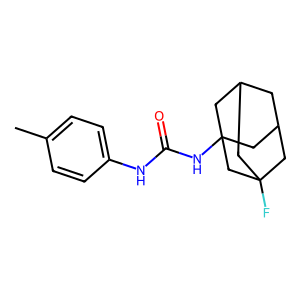
SMILES: Cc1ccc(NC(=O)NC23CC4CC(CC(F)(C4)C2)C3)cc1
Inhibits HIV replication: No